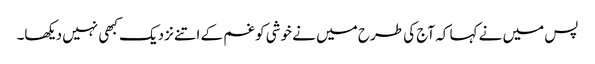
پس میں نے کہا کہ آج کی طرح میں نے خوشی کو غم کے اتنے نزدیک کبھی نہیں دیکھا۔